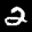
Label: 2